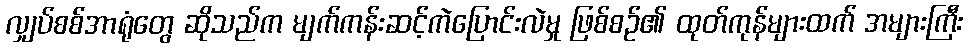
လျှပ်စစ်အာရုံတွေ ဆိုသည်က မျက်ကန်းဆင့်ကဲပြောင်းလဲမှု ဖြစ်စဉ်၏ ထုတ်ကုန်များထက် အများကြီး